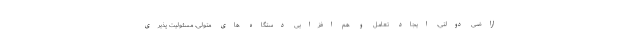
اراضی دولتی، ایجاد تعامل و هم افزایی دستگاه های متولی، مسئولیت پذیری